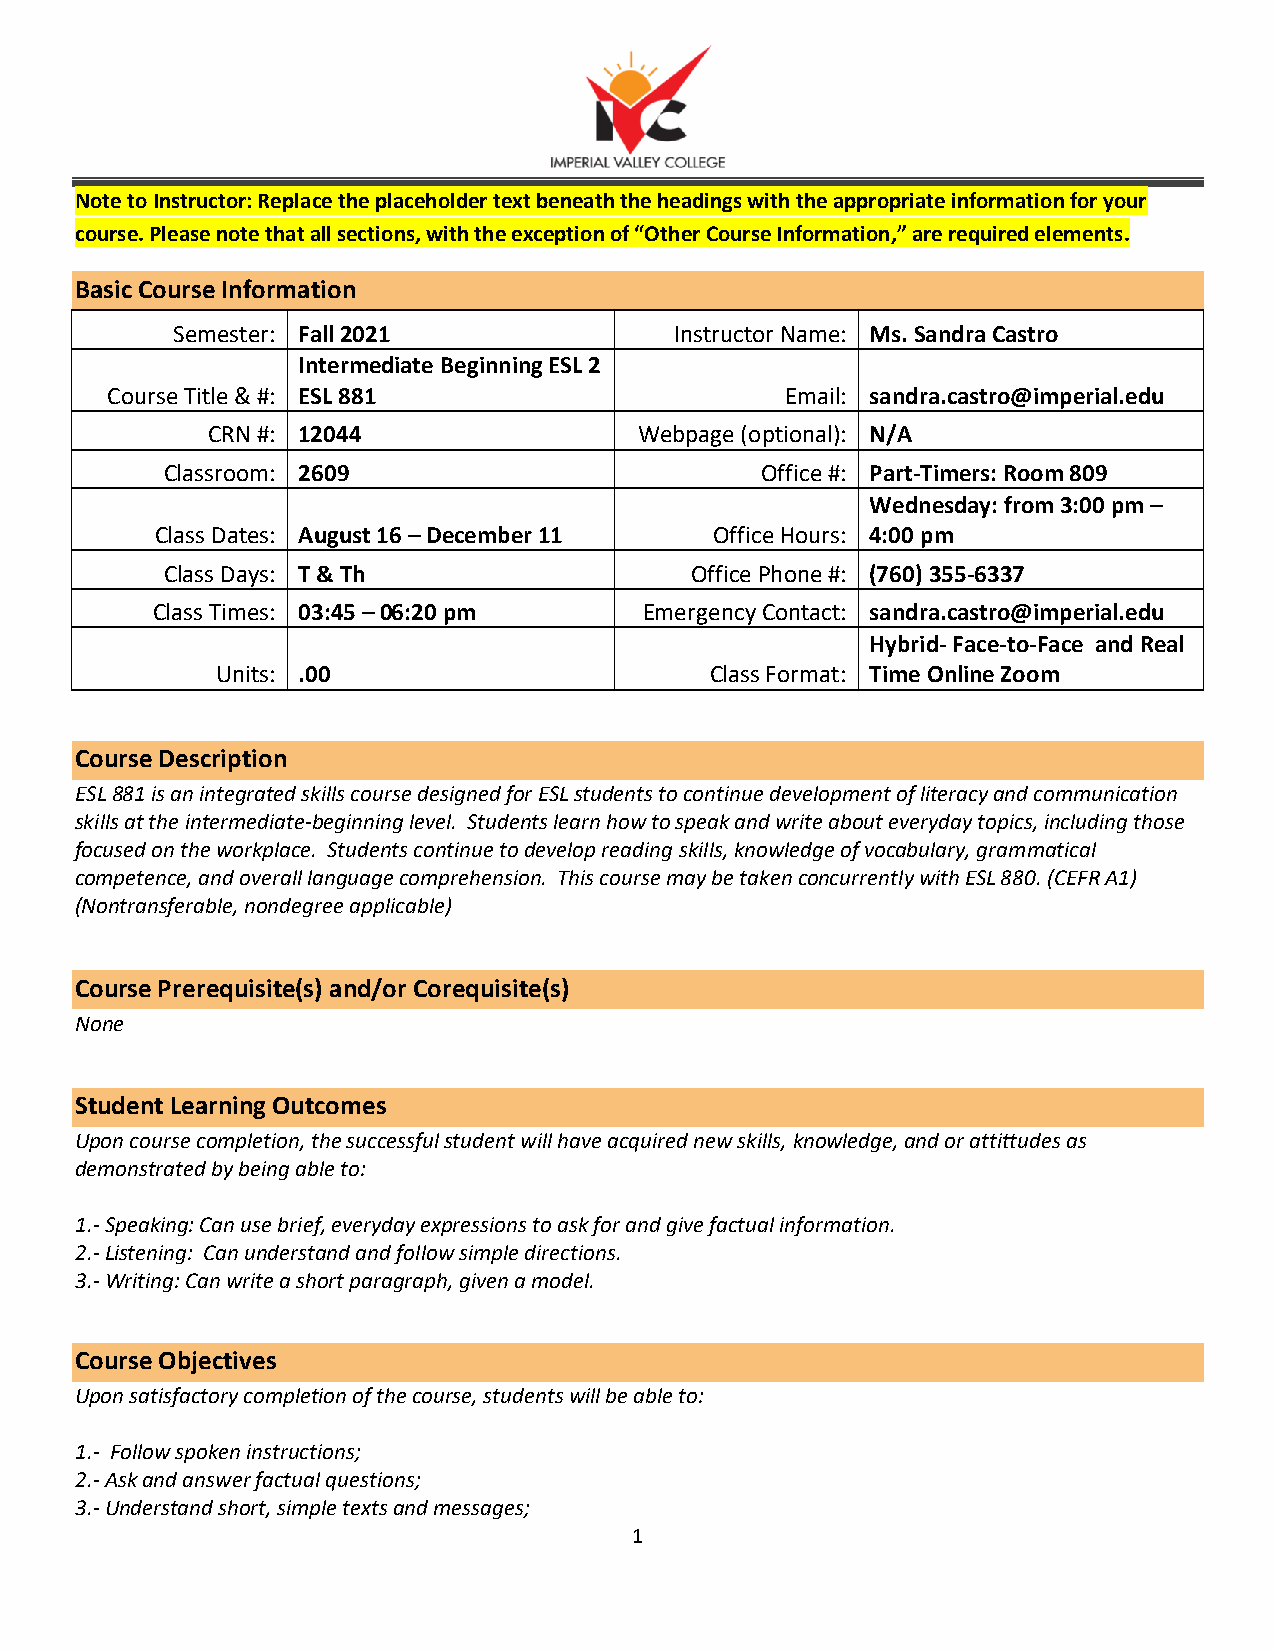
Note to Instructor: Replace the placeholder text beneath the headings with the appropriate information for your
 course. Please note that all sections, with the exception of “Other Course Information,” are required elements.
 Basic Course Information
 Semester: Fall 2021               Instructor Name: Ms. Sandra Castro
 Intermediate Beginning ESL 2
 Course Title & #: ESL 881                    Email: sandra.castro@imperial.edu
 CRN #: 12044                Webpage (optional): N/A
 Classroom: 2609                        Office #: Part-Timers: Room 809
 Wednesday: from 3:00 pm –
 Class Dates: August 16 – December 11 Office Hours: 4:00 pm
 Class Days: T & Th                 Office Phone #: (760) 355-6337
 Class Times: 03:45 – 06:20 pm    Emergency Contact: sandra.castro@imperial.edu
 Hybrid- Face-to-Face and Real
 Units: .00                       Class Format: Time Online Zoom
 Course Description
 ESL 881 is an integrated skills course designed for ESL students to continue development of literacy and communication
 skills at the intermediate-beginning level. Students learn how to speak and write about everyday topics, including those
 focused on the workplace. Students continue to develop reading skills, knowledge of vocabulary, grammatical
 competence, and overall language comprehension. This course may be taken concurrently with ESL 880. (CEFR A1)
 (Nontransferable, nondegree applicable)
 Course Prerequisite(s) and/or Corequisite(s)
 None
 Student Learning Outcomes
 Upon course completion, the successful student will have acquired new skills, knowledge, and or attittudes as
 demonstrated by being able to:
 1.- Speaking: Can use brief, everyday expressions to ask for and give factual information.
 2.- Listening: Can understand and follow simple directions.
 3.- Writing: Can write a short paragraph, given a model.
 Course Objectives
 Upon satisfactory completion of the course, students will be able to:
 1.- Follow spoken instructions;
 2.- Ask and answer factual questions;
 3.- Understand short, simple texts and messages;
 1